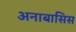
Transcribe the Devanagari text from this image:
अनाबासिस